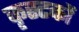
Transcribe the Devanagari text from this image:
कृस्टकों